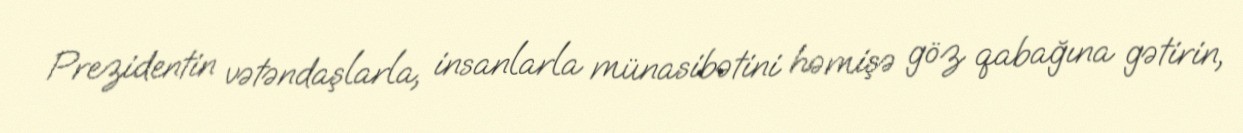
Prezidentin vətəndaşlarla, insanlarla münasibətini həmişə göz qabağına gətirin,